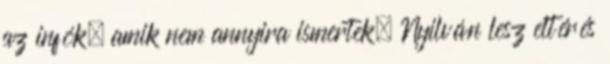
az infók, amik nem annyira ismertek. Nyilván lesz eltérés